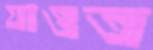
যাওত